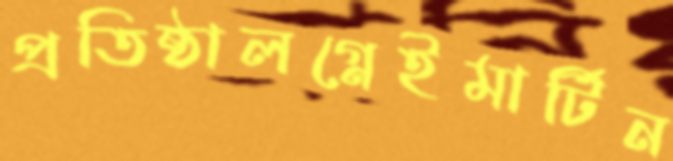
প্রতিষ্ঠালগ্নেইমার্টিন